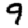
Digit: 9